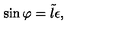
\sin \varphi = \tilde { l } \epsilon ,